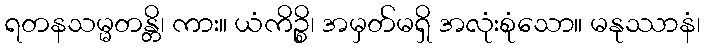
ရတနသမ္မတန္တိ၊ ကား။ ယံကိဉ္စိ၊ အမှတ်မရှိ အလုံးစုံသော။ မနုဿာနံ၊